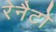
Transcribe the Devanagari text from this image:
रेनैटो